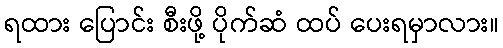
ရထား ပြောင်း စီးဖို့ ပိုက်ဆံ ထပ် ပေးရမှာလား။